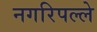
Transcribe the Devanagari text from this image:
नगरिपल्ले